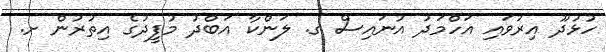
ހުޅުދޫ އިރުވައި އަހްމަދު އުނައިސް ގ. ލަންކާ އަބްދު މުފީދުގެ އިތުރުން ށ.